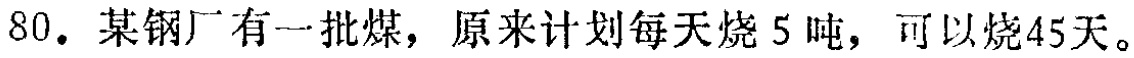
80. 某钢厂有一批煤，原来计划每天烧 5 吨，可以烧45天。